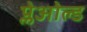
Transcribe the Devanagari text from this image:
प्लेओल्ड